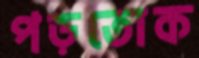
পড়তোক